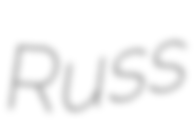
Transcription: Russ